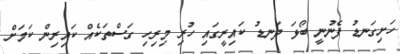
ހަށިގަނޑު ފެނުނީ ބޯޅަ ދަނޑު ކައިރީގައި ހުރި މިރިހި ގަސްތަކެއް ކައިރިން ކަމަށް